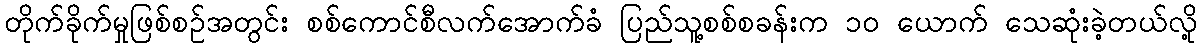
တိုက်ခိုက်မှုဖြစ်စဉ်အတွင်း စစ်ကောင်စီလက်အောက်ခံ ပြည်သူ့စစ်စခန်းက ၁၀ ယောက် သေဆုံးခဲ့တယ်လို့